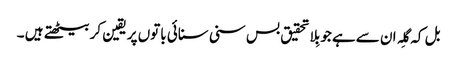
بل کہ گِلہ ان سےہے جو بِلاتحقیق بس سنی سنائی باتوں پر یقین کر بیٹھتے ہیں ۔